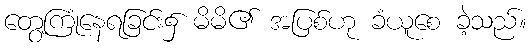
တွေ့ကြုံနေရခြင်း၌ မိမိ၏ အပြစ်ဟု ခံယူစေ ခဲ့သည်။